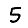
Digit: 5